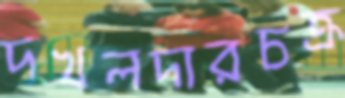
দখলদারচক্র